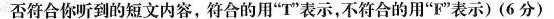
否符合你听到的短文内容,符合的用"T"表示,不符合的用"F"表示)(6 分)